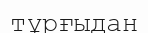
тұрғыдан